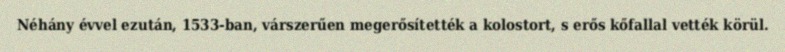
Néhány évvel ezután, 1533-ban, várszerűen megerősítették a kolostort, s erős kőfallal vették körül.